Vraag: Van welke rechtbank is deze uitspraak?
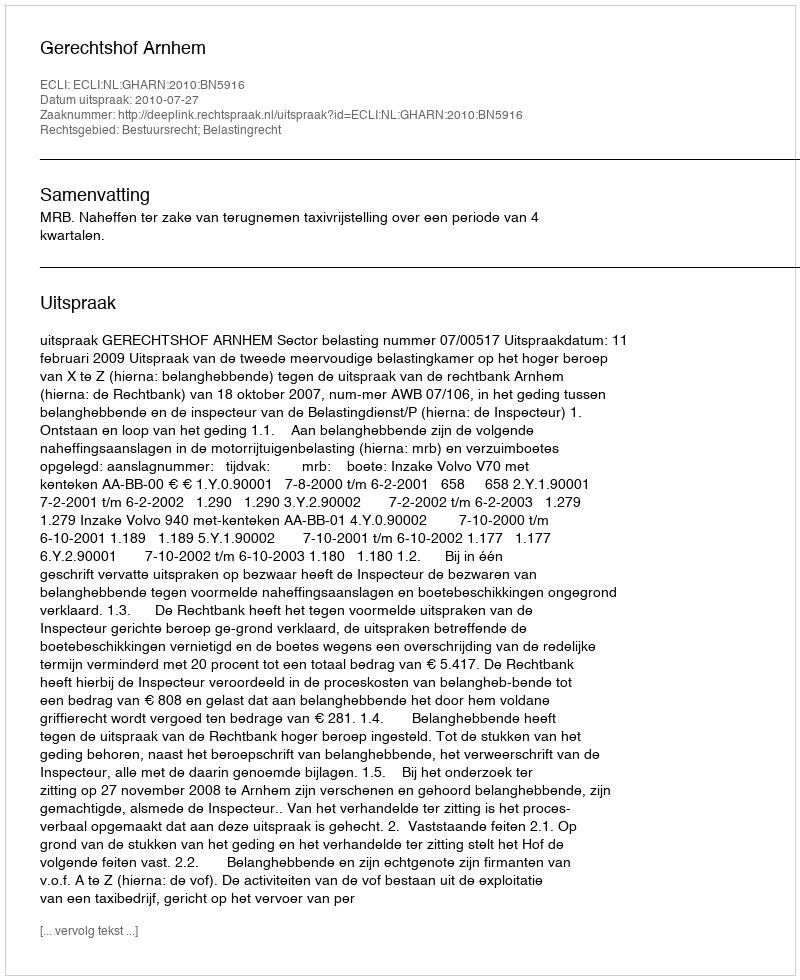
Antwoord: Gerechtshof Arnhem